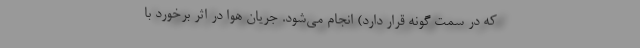
که در سمت گونه قرار دارد) انجام می‌شود. جریان هوا در اثر برخورد با